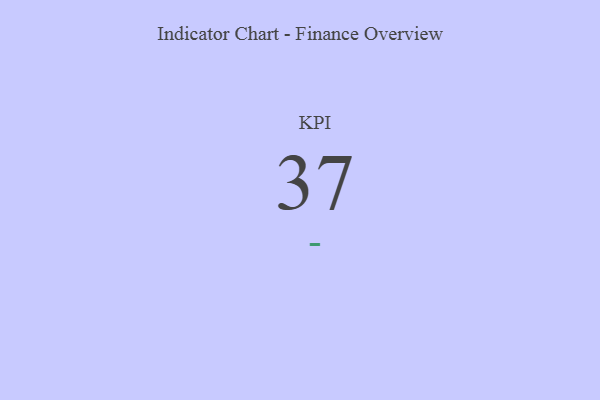
{"axis": {"x": "KPI", "y": "Value"}, "legend": [""], "data": [{"x": "KPI", "y": 37, "type": ""}]}